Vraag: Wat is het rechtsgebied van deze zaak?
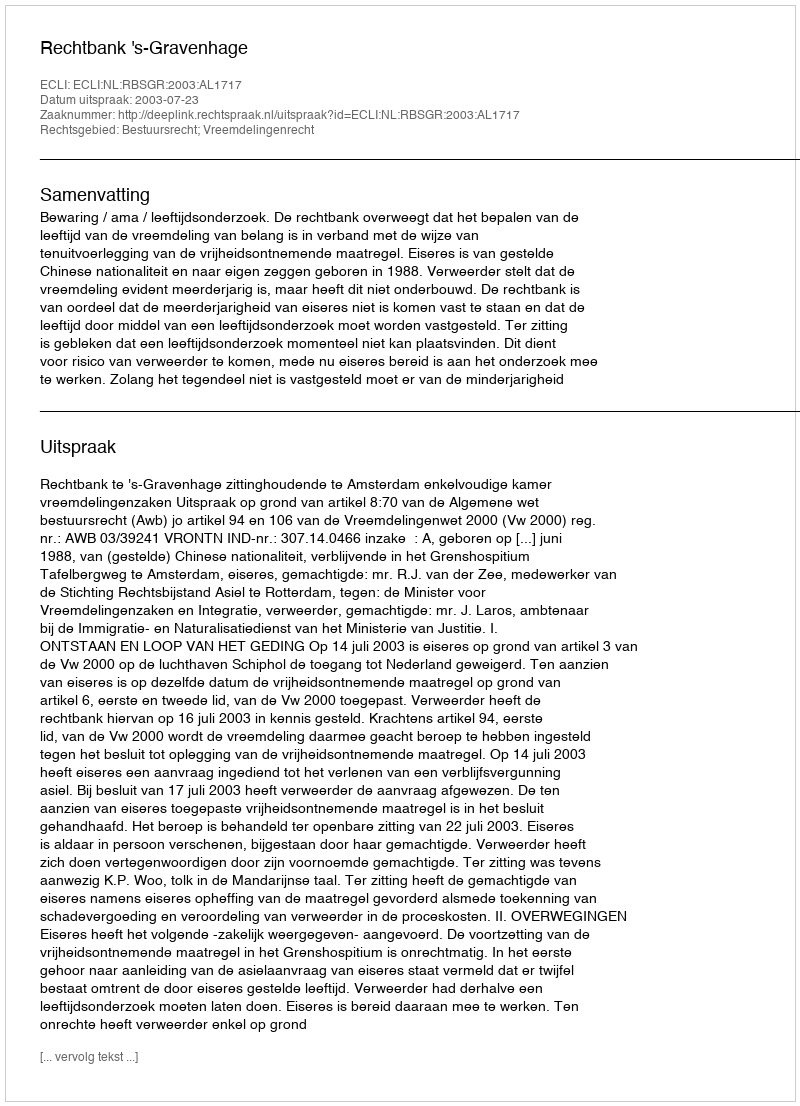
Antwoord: Bestuursrecht; Vreemdelingenrecht